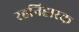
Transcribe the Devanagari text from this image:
रहनिहारक